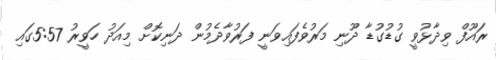
ރައޫފް ވިދާޅުވީ ގުޑުގުޑާ ދޫނި މަރުވެފައިވަނީ ފަރުވާދެމުން ދަނިކޮށް މިއަދު ހަވީރު 5:57ގައި